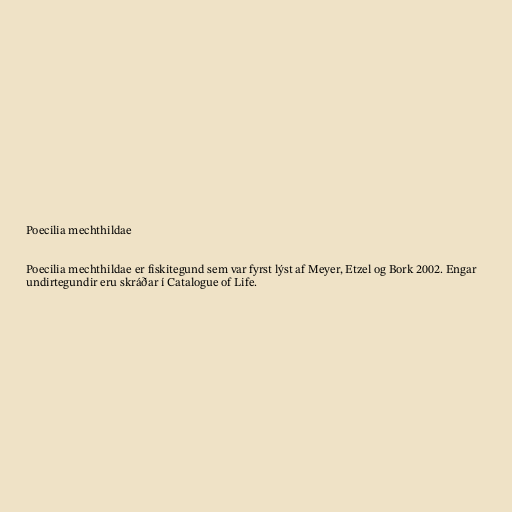
Poecilia mechthildae

Poecilia mechthildae er fiskitegund sem var fyrst lýst af Meyer, Etzel og Bork 2002. Engar
undirtegundir eru skráðar í Catalogue of Life.